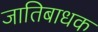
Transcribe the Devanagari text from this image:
जातिबाधक